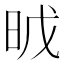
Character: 𣆈